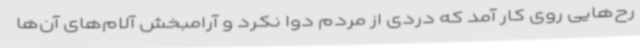
رح‌هایی روی کار آمد که دردی از مردم دوا نکرد و آرامبخش آلام‌های آن‌ها